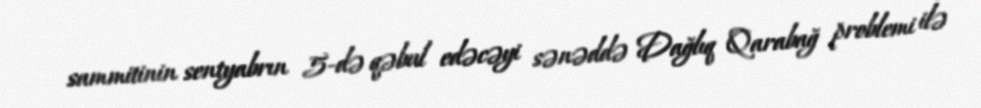
sammitinin sentyabrın 5-də qəbul edəcəyi sənəddə Dağlıq Qarabağ problemi ilə